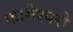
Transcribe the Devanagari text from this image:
कामेश्वरो